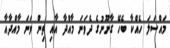
މައްސަލަ ހެއްކާ ބެހޭ ގާނޫނުގެ ދެވަނަ މާއްދާ އާއި ތިން ވަނަ މާއްދާއާ